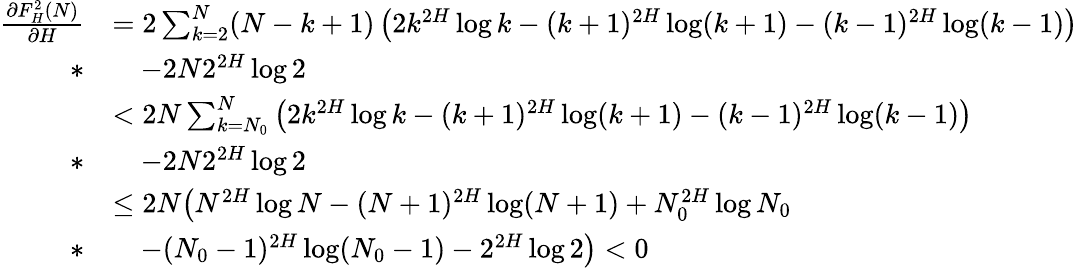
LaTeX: \begin{array}{rl}{\frac{\partial F_{H}^{2}(N)}{\partial H}}&{=2\sum_{k=2}^{N}(N-k+1)\left(2k^{2H}\log k-(k+1)^{2H}\log(k+1)-(k-1)^{2H}\log(k-1)\right)}\\ {*}&{\quad-2N2^{2H}\log 2}\\ &{<2N\sum_{k=N_{0}}^{N}\left(2k^{2H}\log k-(k+1)^{2H}\log(k+1)-(k-1)^{2H}\log(k-1)\right)}\\ {*}&{\quad-2N2^{2H}\log 2}\\ &{\le 2N\bigl(N^{2H}\log N-(N+1)^{2H}\log(N+1)+N_{0}^{2H}\log N_{0}}\\ {*}&{\quad-(N_{0}-1)^{2H}\log(N_{0}-1)-2^{2H}\log 2\bigr)<0}\end{array}